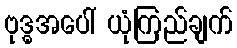
ဗုဒ္ဓအပေါ် ယုံကြည်ချက်